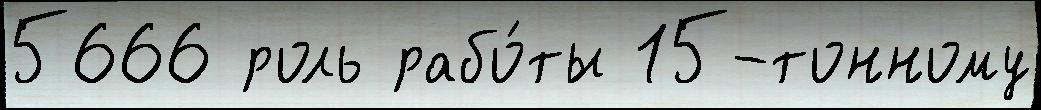
5666 роль рабо́ты 15-тонному